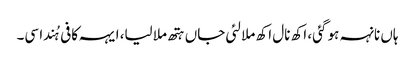
ہاں نانہہ ہو گئی، اکھ نال اکھ ملا لئی جاں ہتھ ملا لیا، ایہہ کافی ہُندا سی۔